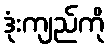
ဒုံးကျည်ကို